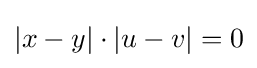
|x-y|\cdot |u-v|=0